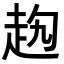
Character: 𧺤